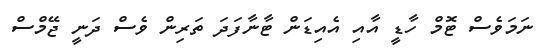
ނަމަވެސް ޓޮމް ހާޑީ އާއި އެއިޑަން ޓާނާފަދަ ތަރިން ވެސް ދަނީ ޖޭމްސް